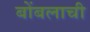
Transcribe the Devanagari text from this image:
बोंबलाची